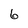
Character: 6